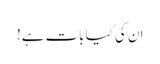
ان کی کیا بات ہے!